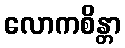
လောကစိန္တာ